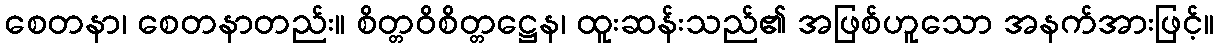
စေတနာ၊ စေတနာတည်း။ စိတ္တဝိစိတ္တဋ္ဌေန၊ ထူးဆန်းသည်၏ အဖြစ်ဟူသော အနက်အားဖြင့်။